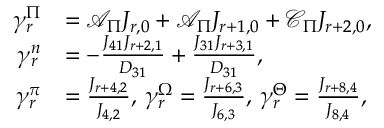
\begin{array} { r l } { \gamma _ { r } ^ { \Pi } } & { = \mathcal { A } _ { \Pi } J _ { r , 0 } + \mathcal { A } _ { \Pi } J _ { r + 1 , 0 } + \mathcal { C } _ { \Pi } J _ { r + 2 , 0 } , } \\ { \gamma _ { r } ^ { n } } & { = - \frac { J _ { 4 1 } J _ { r + 2 , 1 } } { D _ { 3 1 } } + \frac { J _ { 3 1 } J _ { r + 3 , 1 } } { D _ { 3 1 } } , } \\ { \gamma _ { r } ^ { \pi } } & { = \frac { J _ { r + 4 , 2 } } { J _ { 4 , 2 } } , \, \gamma _ { r } ^ { \Omega } = \frac { J _ { r + 6 , 3 } } { J _ { 6 , 3 } } , \, \gamma _ { r } ^ { \Theta } = \frac { J _ { r + 8 , 4 } } { J _ { 8 , 4 } } , } \end{array}